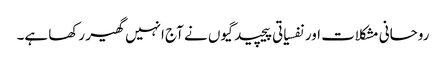
روحانی مشکلات اور نفسیاتی پیچیدگیوں نے آج انہیں گھیر رکھا ہے۔